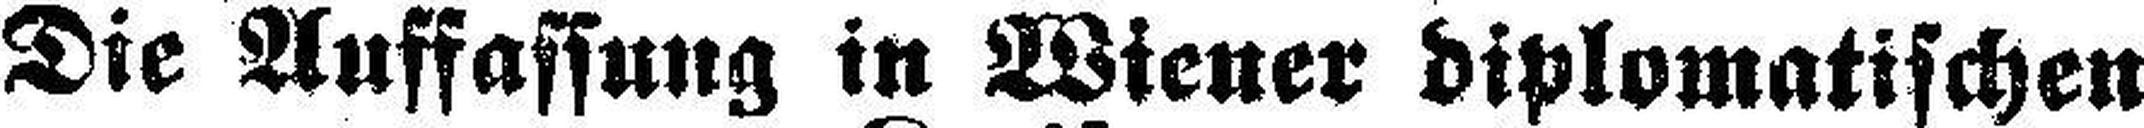
Die Auffassung in Wiener diplomatischen